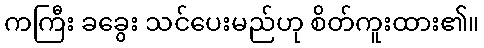
ကကြီး ခခွေး သင်ပေးမည်ဟု စိတ်ကူးထား၏။